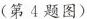
(第4题图)